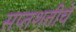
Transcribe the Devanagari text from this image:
सप्तशतीचे